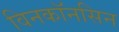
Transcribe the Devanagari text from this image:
विनकॉनसिन